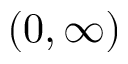
( 0 , \infty )